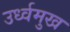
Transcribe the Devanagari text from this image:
उर्ध्वमुख